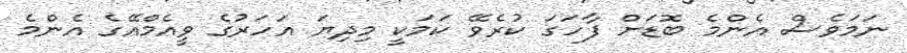
ނަމަވެސް އެންމެ ބޮޑަށް ފާހަގަ ކުރެވޭ ކަމަކީ މިދިޔަ އަހަރުގެ ވީއެމްއޭގެ އެންމެ